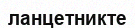
ланцетникте